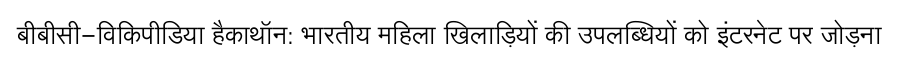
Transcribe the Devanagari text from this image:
बीबीसी-विकिपीडिया हैकाथॉन: भारतीय महिला खिलाड़ियों की उपलब्धियों को इंटरनेट पर जोड़ना